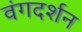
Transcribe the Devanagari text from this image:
वंगदर्शन